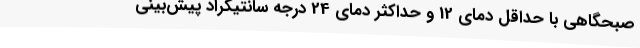
صبحگاهی با حداقل دمای 12 و حداکثر دمای 24 درجه سانتیگراد پیش‌بینی